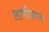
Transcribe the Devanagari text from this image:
लामसियाल